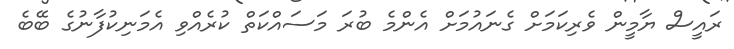
ރައީސް ޔާމީން ވެރިކަމަށް ގެނައުމަށް އެންމެ ބުރަ މަސައްކަތް ކުރެއްވި އެމަނިކުފާނުގެ ބޭބެ